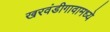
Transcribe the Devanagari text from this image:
खरवंडीगावामध्ये